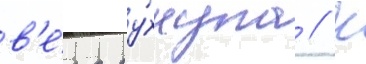
в'е́ра ру́хнула // К